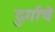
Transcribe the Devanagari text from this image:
दुर्गाचे